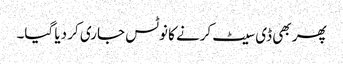
پھر بھی ڈی سیٹ کرنے کا نوٹس جاری کر دیا گیا۔